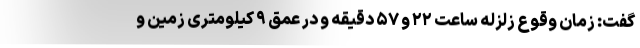
گفت: زمان وقوع زلزله ساعت ۲۲ و ۵۷ دقیقه و در عمق ۹ کیلومتری زمین و